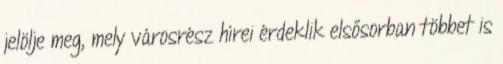
jelölje meg, mely városrész hírei érdeklik elsősorban többet is